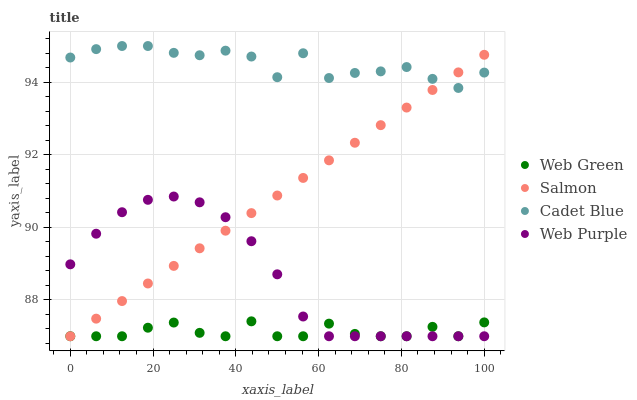
| xaxis_label | Web Green | Salmon | Cadet Blue | Web Purple |
 | --- | --- | --- | --- | --- |
 | 0 | 87 | 87 | 94.7 | 89 |
 | 6.25 | 87 | 87.5 | 94.9 | 89.8 |
 | 12.5 | 87 | 88 | 95 | 90.4 |
 | 18.8 | 87.2 | 88.5 | 95 | 90.8 |
 | 25 | 87.4 | 88.9 | 94.8 | 90.9 |
 | 31.2 | 87.1 | 89.4 | 94.7 | 90.7 |
 | 37.5 | 87 | 89.9 | 94.9 | 90.3 |
 | 43.8 | 87.4 | 90.4 | 94.7 | 89.6 |
 | 50 | 87 | 90.9 | 94.1 | 88.7 |
 | 56.2 | 87 | 91.4 | 94.8 | 87.5 |
 | 62.5 | 87.3 | 91.8 | 94.1 | 87 |
 | 68.8 | 87.1 | 92.3 | 94.3 | 87 |
 | 75 | 87 | 92.8 | 94.3 | 87 |
 | 81.2 | 87 | 93.3 | 94.4 | 87 |
 | 87.5 | 87.3 | 93.8 | 94.1 | 87 |
 | 93.8 | 87 | 94.3 | 93.8 | 87 |
 | 100 | 87.4 | 94.8 | 94.3 | 87 |